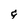
Character: q